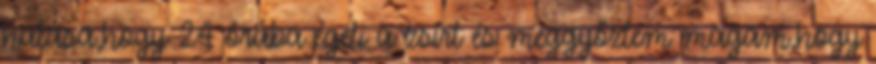
hatása,hogy 24 órába égeti a zsírt és meggyőztem magam,hogy